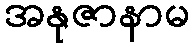
အနုဇာနာမ